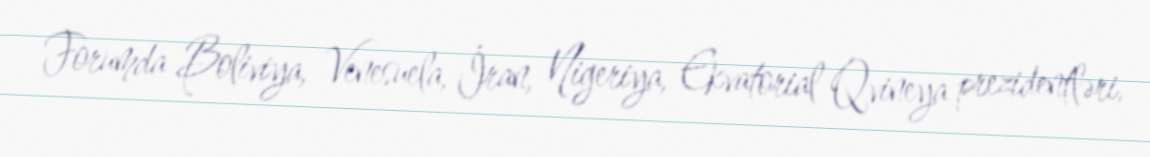
Forumda Boliviya, Venesuela, İran, Nigeriya, Ekvatorial Qvineya prezidentləri,